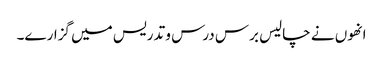
انھوں نے چالیس برس درس و تدریس میں گزارے۔